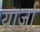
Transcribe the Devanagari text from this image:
यार्ज़ा